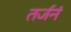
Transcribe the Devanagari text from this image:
तर्जनं